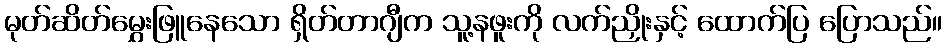
မုတ်ဆိတ်မွှေးဖြူနေသော ရှိတ်တာဂျီက သူ့နဖူးကို လက်ညှိုးနှင့် ထောက်ပြ ပြောသည်။